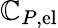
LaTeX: \mathbb{C}_{P,\mathrm{{{el}}}}